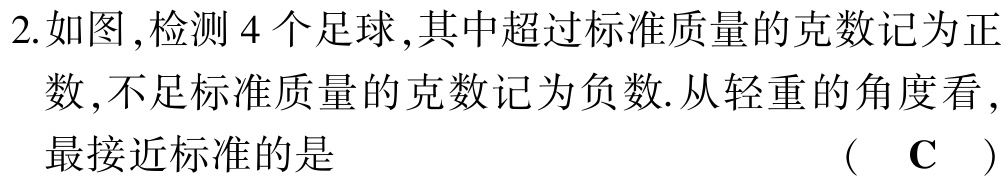
2.如图,检测 4 个足球,其中超过标准质量的克数记为正数,不足标准质量的克数记为负数.从轻重的角度看,最接近标准的是 （ C ）